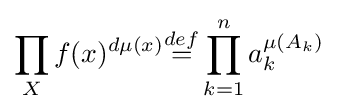
\prod _{X}f(x)^{d\mu (x)}{\overset {def}{=}}\prod _{k=1}^{n}a_{k}^{\mu (A_{k})}